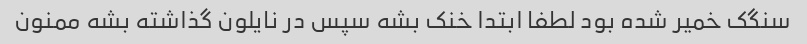
سنگک خمیر شده بود لطفا ابتدا خنک بشه سپس در نایلون گذاشته بشه ممنون